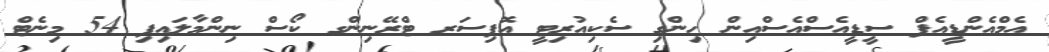
އެމްއެންޑީއެފް ސީޑީއެސްއެސްއިން ހިންގި ސެކިއުރިޓީ އޮފިސަރ ޓްރޭނިންގ ކޯސް ނިންމާލައިފި 54 މިނެޓް